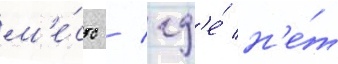
м'е́сто / гд'е́ н'е́т